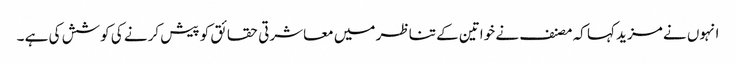
انہوں نے مزید کہا کہ مصنف نے خواتین کے تناظر میں معاشرتی حقائق کو پیش کرنے کی کوشش کی ہے ۔